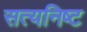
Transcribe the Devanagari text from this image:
सत्यनिष्ट